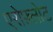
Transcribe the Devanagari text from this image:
एरोफ़्लोट